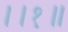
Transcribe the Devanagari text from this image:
।।१॥